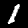
Digit: 1